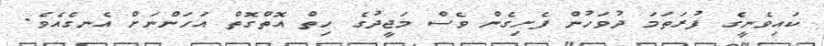
ކައިވެނީގެ ފުރަތަމަ ދުވަހުން ފެށިގެން ވެސް މަޖީދުގެ ހިތް އޮތްގޮތް އަހަންނަށް އެނގެއެވެ.